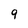
Character: 9